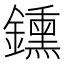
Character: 鑂